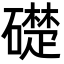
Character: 礎